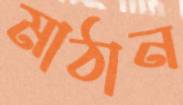
মাঠান